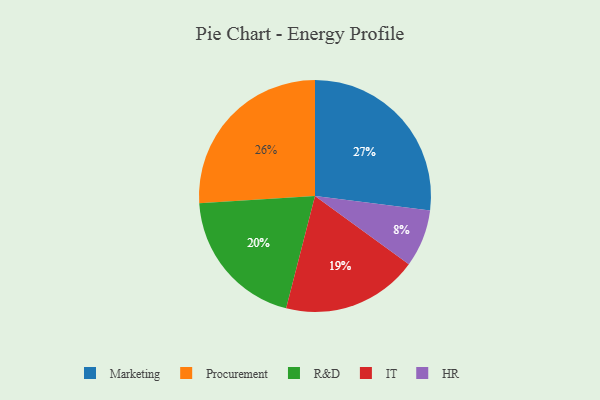
{"axis": {"x": "Category", "y": "Percentage"}, "legend": ["HR", "IT", "Marketing", "Procurement", "R&D"], "data": [{"x": "HR", "y": 8, "type": "HR"}, {"x": "IT", "y": 19, "type": "IT"}, {"x": "Procurement", "y": 26, "type": "Procurement"}, {"x": "R&D", "y": 20, "type": "R&D"}, {"x": "Marketing", "y": 27, "type": "Marketing"}]}